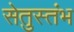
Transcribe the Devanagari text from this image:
सेतुस्तंभ